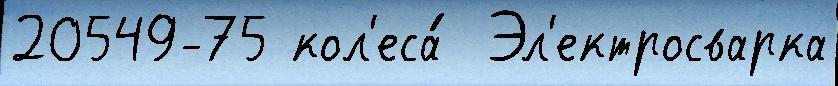
20549-75 кол'еса́  Эл'ектросварка